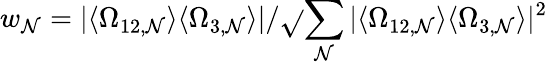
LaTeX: w_{\mathcal{N}}=\vert\langle\Omega_{12,\mathcal{N}}\rangle\langle\Omega_{3,\mathcal{N}}\rangle\vert/\sqrt{}{{\sum_{\mathcal{N}}\vert\langle\Omega_{12,\mathcal{N}}\rangle\langle\Omega_{3,\mathcal{N}}\rangle\vert^{2}}}